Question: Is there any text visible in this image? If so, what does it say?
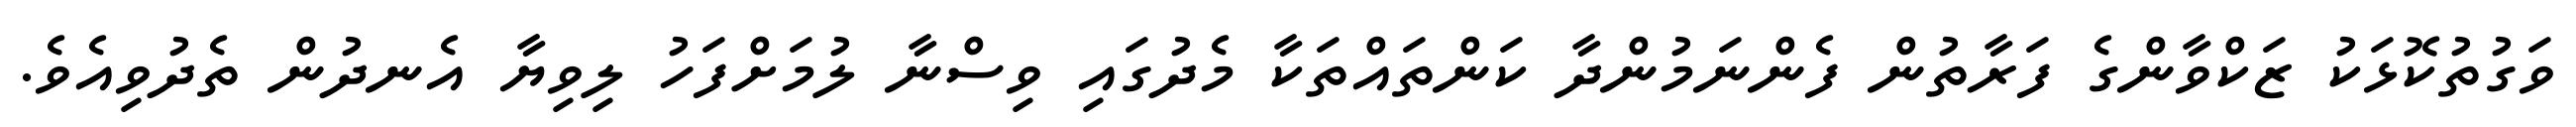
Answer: ވަގުތުކޮޅަކު ޒަކްވާންގެ ފަރާތުން ފެންނަމުންދާ ކަންތައްތަކާ މެދުގައި ވިސްނާ ލުމަށްފަހު ލިވިޔާ އެނދުން ތެދުވިއެވެ.